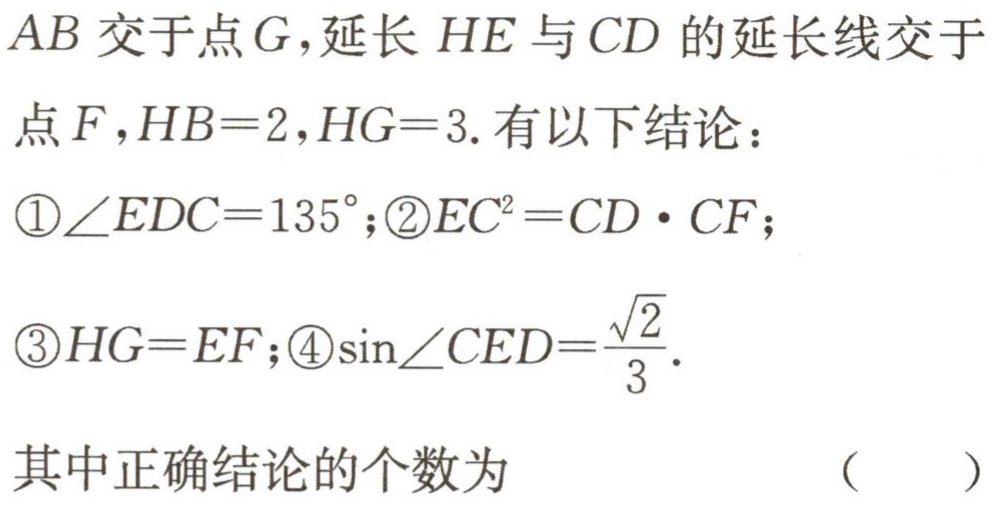
$AB$交于点$G$，延长$HE$与$CD$的延长线交于

点$F$，$HB = 2$，$HG = 3$. 有以下结论：

\textcircled{1}$\angle EDC = 135^{\circ}$；\textcircled{2}$EC^{2}=CD\cdot CF$；

\textcircled{3}$HG = EF$；\textcircled{4}$\sin\angle CED=\frac{\sqrt{2}}{3}$.

其中正确结论的个数为 （  ）